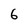
Character: 6